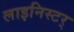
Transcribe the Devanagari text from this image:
लाइनिस्टर्